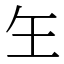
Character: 玍